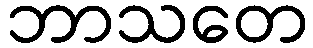
ဘာသတေ